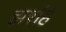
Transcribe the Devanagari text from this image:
झरहिं